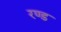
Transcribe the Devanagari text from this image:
रण्ड